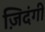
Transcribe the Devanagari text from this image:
ज़िदंगी